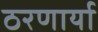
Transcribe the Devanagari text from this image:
ठरणार्या